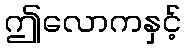
ဤလောကနှင့်